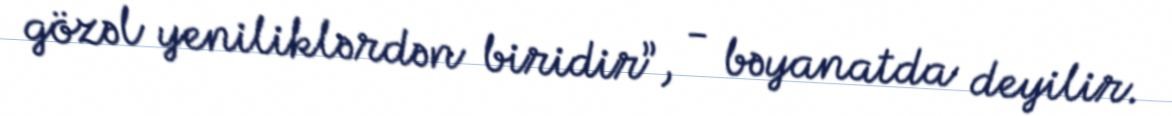
gözəl yeniliklərdən biridir”, - bəyanatda deyilir.